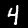
Digit: 4